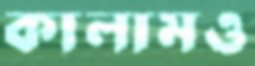
কালামও